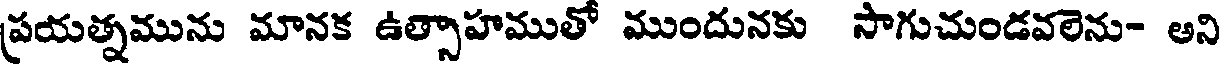
ప్రయత్నమును మానక ఉత్సాహముతో ముందునకు సాగుచుండవలెను- అని